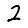
Digit: 2